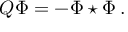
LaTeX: Q \Phi = - \Phi \star \Phi \, .